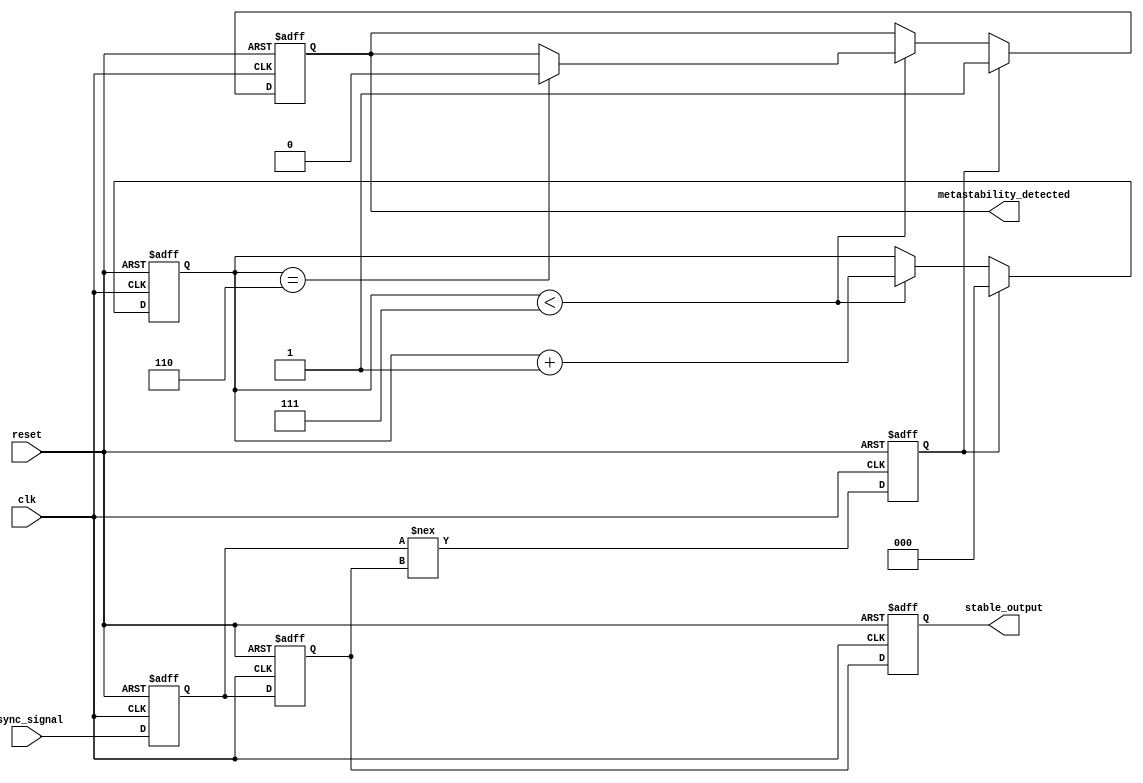
module metastability_detector (
    input wire clk,               // Clock signal
    input wire async_signal,      // Asynchronous input signal
    input wire reset,             // Active high reset signal
    output reg metastability_detected, // Metastability detection flag
    output reg stable_output       // Stable output from the second flip-flop
);

    reg async_ff1;                // First flip-flop
    reg async_ff2;                // Second flip-flop
    reg pulse;                    // Pulse signal for metastability detection
    reg [2:0] stable_counter;      // Counter to monitor stability

    // Flip-flops for sampling the asynchronous signal
    always @(posedge clk or posedge reset) begin
        if (reset) begin
            async_ff1 <= 1'b0;
            async_ff2 <= 1'b0;
            stable_output <= 1'b0;
            metastability_detected <= 1'b0;
            pulse <= 1'b0;
            stable_counter <= 3'b000;
        end else begin
            async_ff1 <= async_signal; // Sample async_signal
            async_ff2 <= async_ff1;    // Sample output of first flip-flop

            // Generate pulse when async_ff1 changes state
            pulse <= (async_ff1 !== async_ff2);

            // Update stable output
            stable_output <= async_ff2;

            // Stability detection logic
            if (pulse) begin
                stable_counter <= 3'b000; // Reset counter on pulse
                metastability_detected <= 1'b1; // Assert metastability detected
            end else if (stable_counter < 3'b111) begin
                stable_counter <= stable_counter + 1'b1; // Increment counter
                if (stable_counter == 3'b110) begin
                    metastability_detected <= 1'b0; // Clear flag after stable period
                end
            end
        end
    end

endmodule